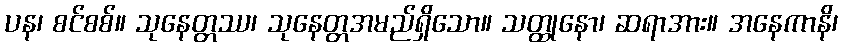
ပန၊ စင်စစ်။ သုနေတ္တဿ၊ သုနေတ္တအမည်ရှိသော။ သတ္ထုနော၊ ဆရာအား။ အနေကာနိ၊